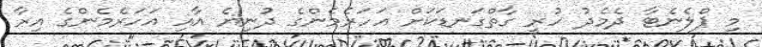
މި ޕްލެނެޓާ ދެމެދު ހުރީ ގާތްގަނޑަކަށް އަހަރެމެންގެ ދުނިޔެ އާއި އަހަރެމެންގެ އިރާ